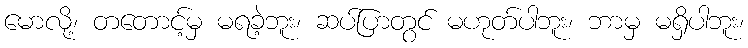
မောလို့၊ တတောင့်မှ မရခဲ့ဘူး၊ ဆပ်ပြာတွင် မဟုတ်ပါဘူး၊ ဘာမှ မရှိပါဘူး၊